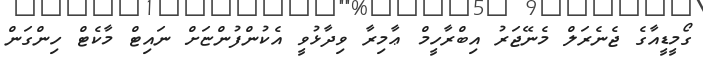
ގޯމީޑީއާގެ ޖެނެރަލް މެނޭޖަރު އިބްރާހީމް ޢާމިރާ ވިދާޅުވީ އެކުންފުންޏަށް ނައިޓް މާކެޓް ހިންގަން